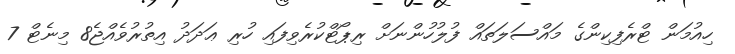
ހިއުމަން ޓްރެފިކިންގެ މައްސަލަތައް ފުލުހުންނަށް ރިޕޯޓްކުރެވިފައި ހުރި ޢަދަދު އިތުރުވެއްޖެ8 މިނެޓް 7